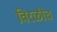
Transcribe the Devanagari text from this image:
विरळीच